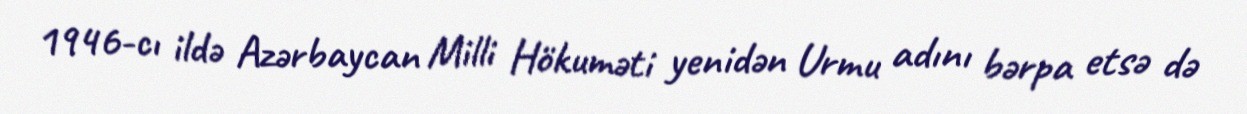
1946-cı ildə Azərbaycan Milli Hökuməti yenidən Urmu adını bərpa etsə də